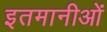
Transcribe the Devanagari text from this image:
इतमानीओं